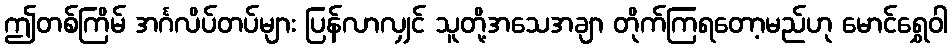
ဤတစ်ကြိမ် အင်္ဂလိပ်တပ်များ ပြန်လာလျှင် သူတို့အသေအချာ တိုက်ကြရတော့မည်ဟု မောင်ရွှေဝါ